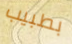
بطبيب